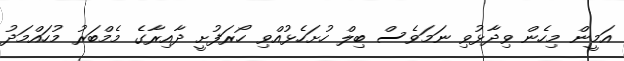
އަމީން މިހެން ވިދާޅުވި ނަމަވެސް ބިލް ހުށަހެޅުއްވި ހޯރަފުށީ ދާއިރާގެ މެމްބަރު މުހައްމަދު